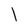
Character: l